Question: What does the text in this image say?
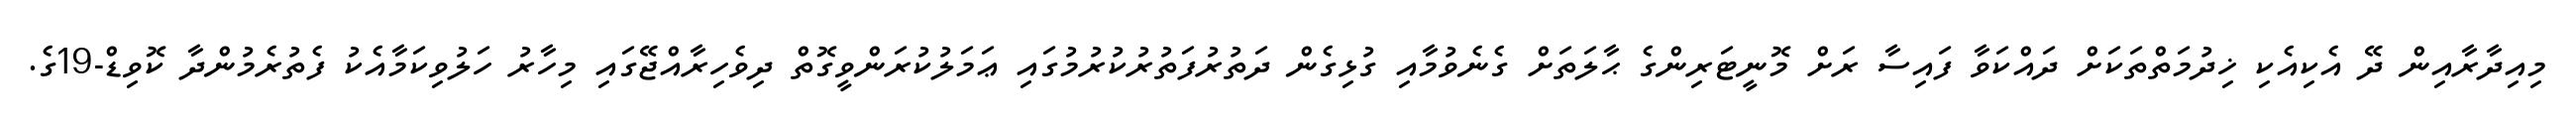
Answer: މިއިދާރާއިން ދޭ އެކިއެކި ޚިދުމަތްތަކަށް ދައްކަވާ ފައިސާ ރަށް މޮނީޓަރިންގެ ޙާލަތަށް ގެނެވުމާއި ގުޅިގެން ދަތުރުފަތުރުކުރުމުގައި ޢަމަލުކުރަންވީގޮތް ދިވެހިރާއްޖޭގައި މިހާރު ހަލުވިކަމާއެކު ފެތުރެމުންދާ ކޮވިޑް-19ގެ.